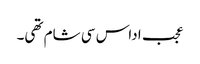
عجب اداس سی شام تھی۔